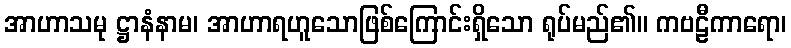
အာဟာသမု ဋ္ဌာနံနာမ၊ အာဟာရဟူသောဖြစ်ကြောင်းရှိသော ရုပ်မည်၏။ ကဗဠီကာရော၊